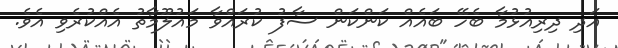
އަދި ދިރިއުޅުމާ ބެހޭ ބައެއް ކަންކަން ސާފު ކުރައްވާ މައުލޫމާތު އެއްކުރެވި އެވެ.